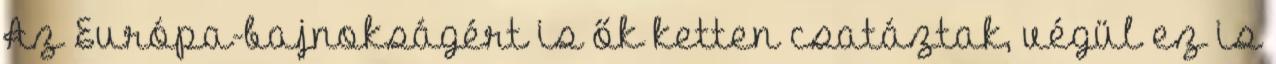
Az Európa-bajnokságért is ők ketten csatáztak, végül ez is